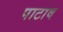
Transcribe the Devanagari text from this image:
पाटाव